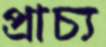
প্রাচ্য